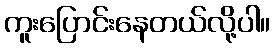
ကူးပြောင်းနေတယ်လို့ပါ။